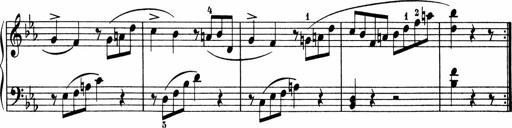
Title: 5 Sonatinen fÃ¼r die Jugend
Composer: Carl Reinecke